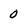
Character: 0